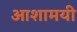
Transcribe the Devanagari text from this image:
आशामयी